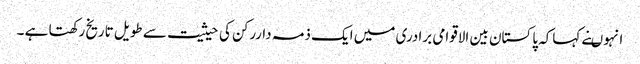
انہوںنے کہاکہ پاکستان بین الاقوامی برادری میں ایک ذمہ داررکن کی حیثیت سے طویل تاریخ رکھتا ہے ۔